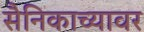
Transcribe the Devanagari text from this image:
सैनिकाच्यावर